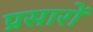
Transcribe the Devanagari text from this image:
प्रसारों